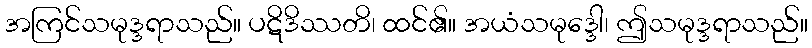
အကြင်သမုဒ္ဒရာသည်။ ပဋိဒိဿတိ၊ ထင်၏။ အယံသမုဒ္ဒေါ၊ ဤသမုဒ္ဒရာသည်။